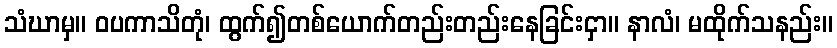
သံဃာမှ။ ဝပကာသိတုံ၊ ထွက်၍တစ်ယောက်တည်းတည်းနေခြင်းငှာ။ နာလံ၊ မထိုက်သနည်း။